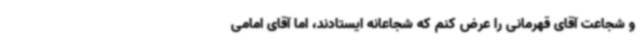
و شجاعت آقای قهرمانی را عرض کنم که شجاعانه ایستادند، اما آقای امامی